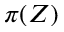
\pi ( Z )